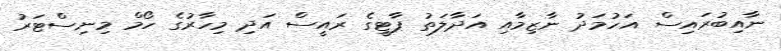
ނާއިބުރައިސް އަހުމަދު ނާޒިމާއި އަދާލަތު ޕާޓީގެ ރައީސް އަދި މިހާރުގެ ހޯމް މިނިސްޓަރު